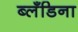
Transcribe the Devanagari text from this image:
ब्लँडिना